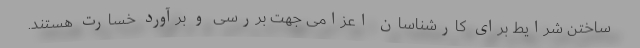
ساختن شرایط برای کارشناسان اعزامی جهت بررسی و برآورد خسارت هستند.